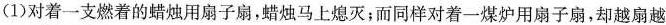
(1)对着一支燃着的蜡烛用扇子扇，蜡烛马上熄灭；而同样对着一煤炉用扇子扇，却越扇越